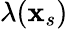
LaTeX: \lambda(\mathbf{x}_{s})